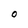
Character: O